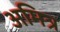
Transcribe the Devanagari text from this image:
अमित्र